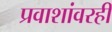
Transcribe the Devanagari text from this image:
प्रवाशांवरही